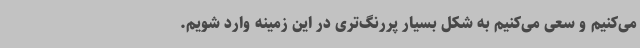
می‌کنیم و سعی می‌کنیم به شکل بسیار پررنگ‌تری در این زمینه وارد شویم.